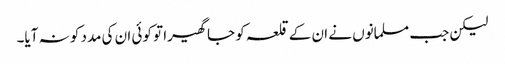
لیکن جب مسلمانوں نے ان کے قلعہ کو جا گھیرا تو کوئی ان کی مدد کو نہ آیا۔